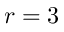
r = 3